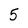
Character: 5